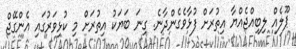
ޕޫލެއް ލިބިއްޖެއްޔާ އިތުރަށް ފުޅާވެގެންދާނެ. ގިނަ ބަޔަކު އިތުރަށް މި ކުޅިވަރުގައި އެންގޭޖް